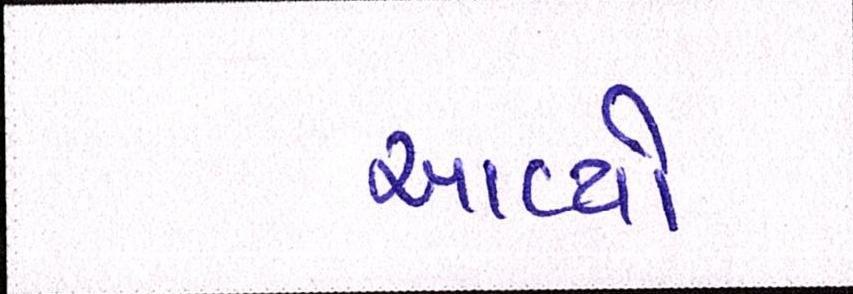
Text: આવ્યો